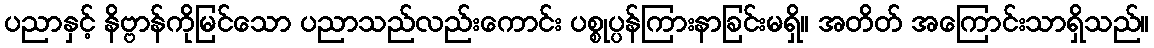
ပညာနှင့် နိဗ္ဗာန်ကိုမြင်သော ပညာသည်လည်းကောင်း ပစ္စုပ္ပန်ကြားနာခြင်းမရှိ။ အတိတ် အကြောင်းသာရှိသည်။